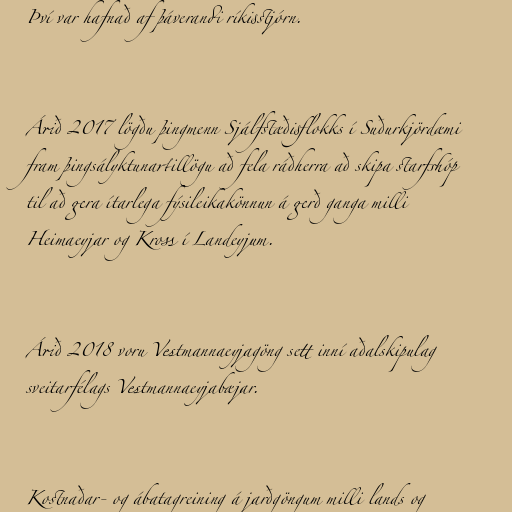
Því var hafnað af þáverandi ríkisstjórn.

Árið 2017 lögðu þingmenn Sjálfstæðisflokks í Suðurkjördæmi
fram þingsályktunartillögu að fela ráðherra að skipa starfshóp
til að gera ítarlega fýsileikakönnun á gerð ganga milli
Heimaeyjar og Kross í Landeyjum.

Árið 2018 voru Vestmannaeyjagöng sett inní aðalskipulag
sveitarfélags Vestmannaeyjabæjar.

Kostnaðar- og ábatagreining á jarðgöngum milli lands og